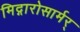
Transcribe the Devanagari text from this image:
मिद्गारोसार्मर्